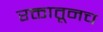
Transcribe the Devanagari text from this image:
रक्तातूनच